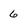
Character: 6